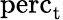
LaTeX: \textrm{perc}_{\textrm{t}}